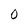
Character: 0